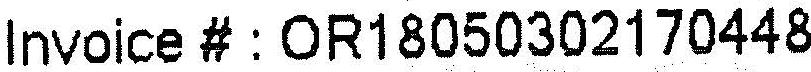
INVOICE # : OR18050302170448